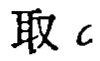
取 \(c\)